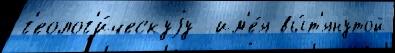
г'еолог'и́ческуjу  им'е́я вы́т'янутой